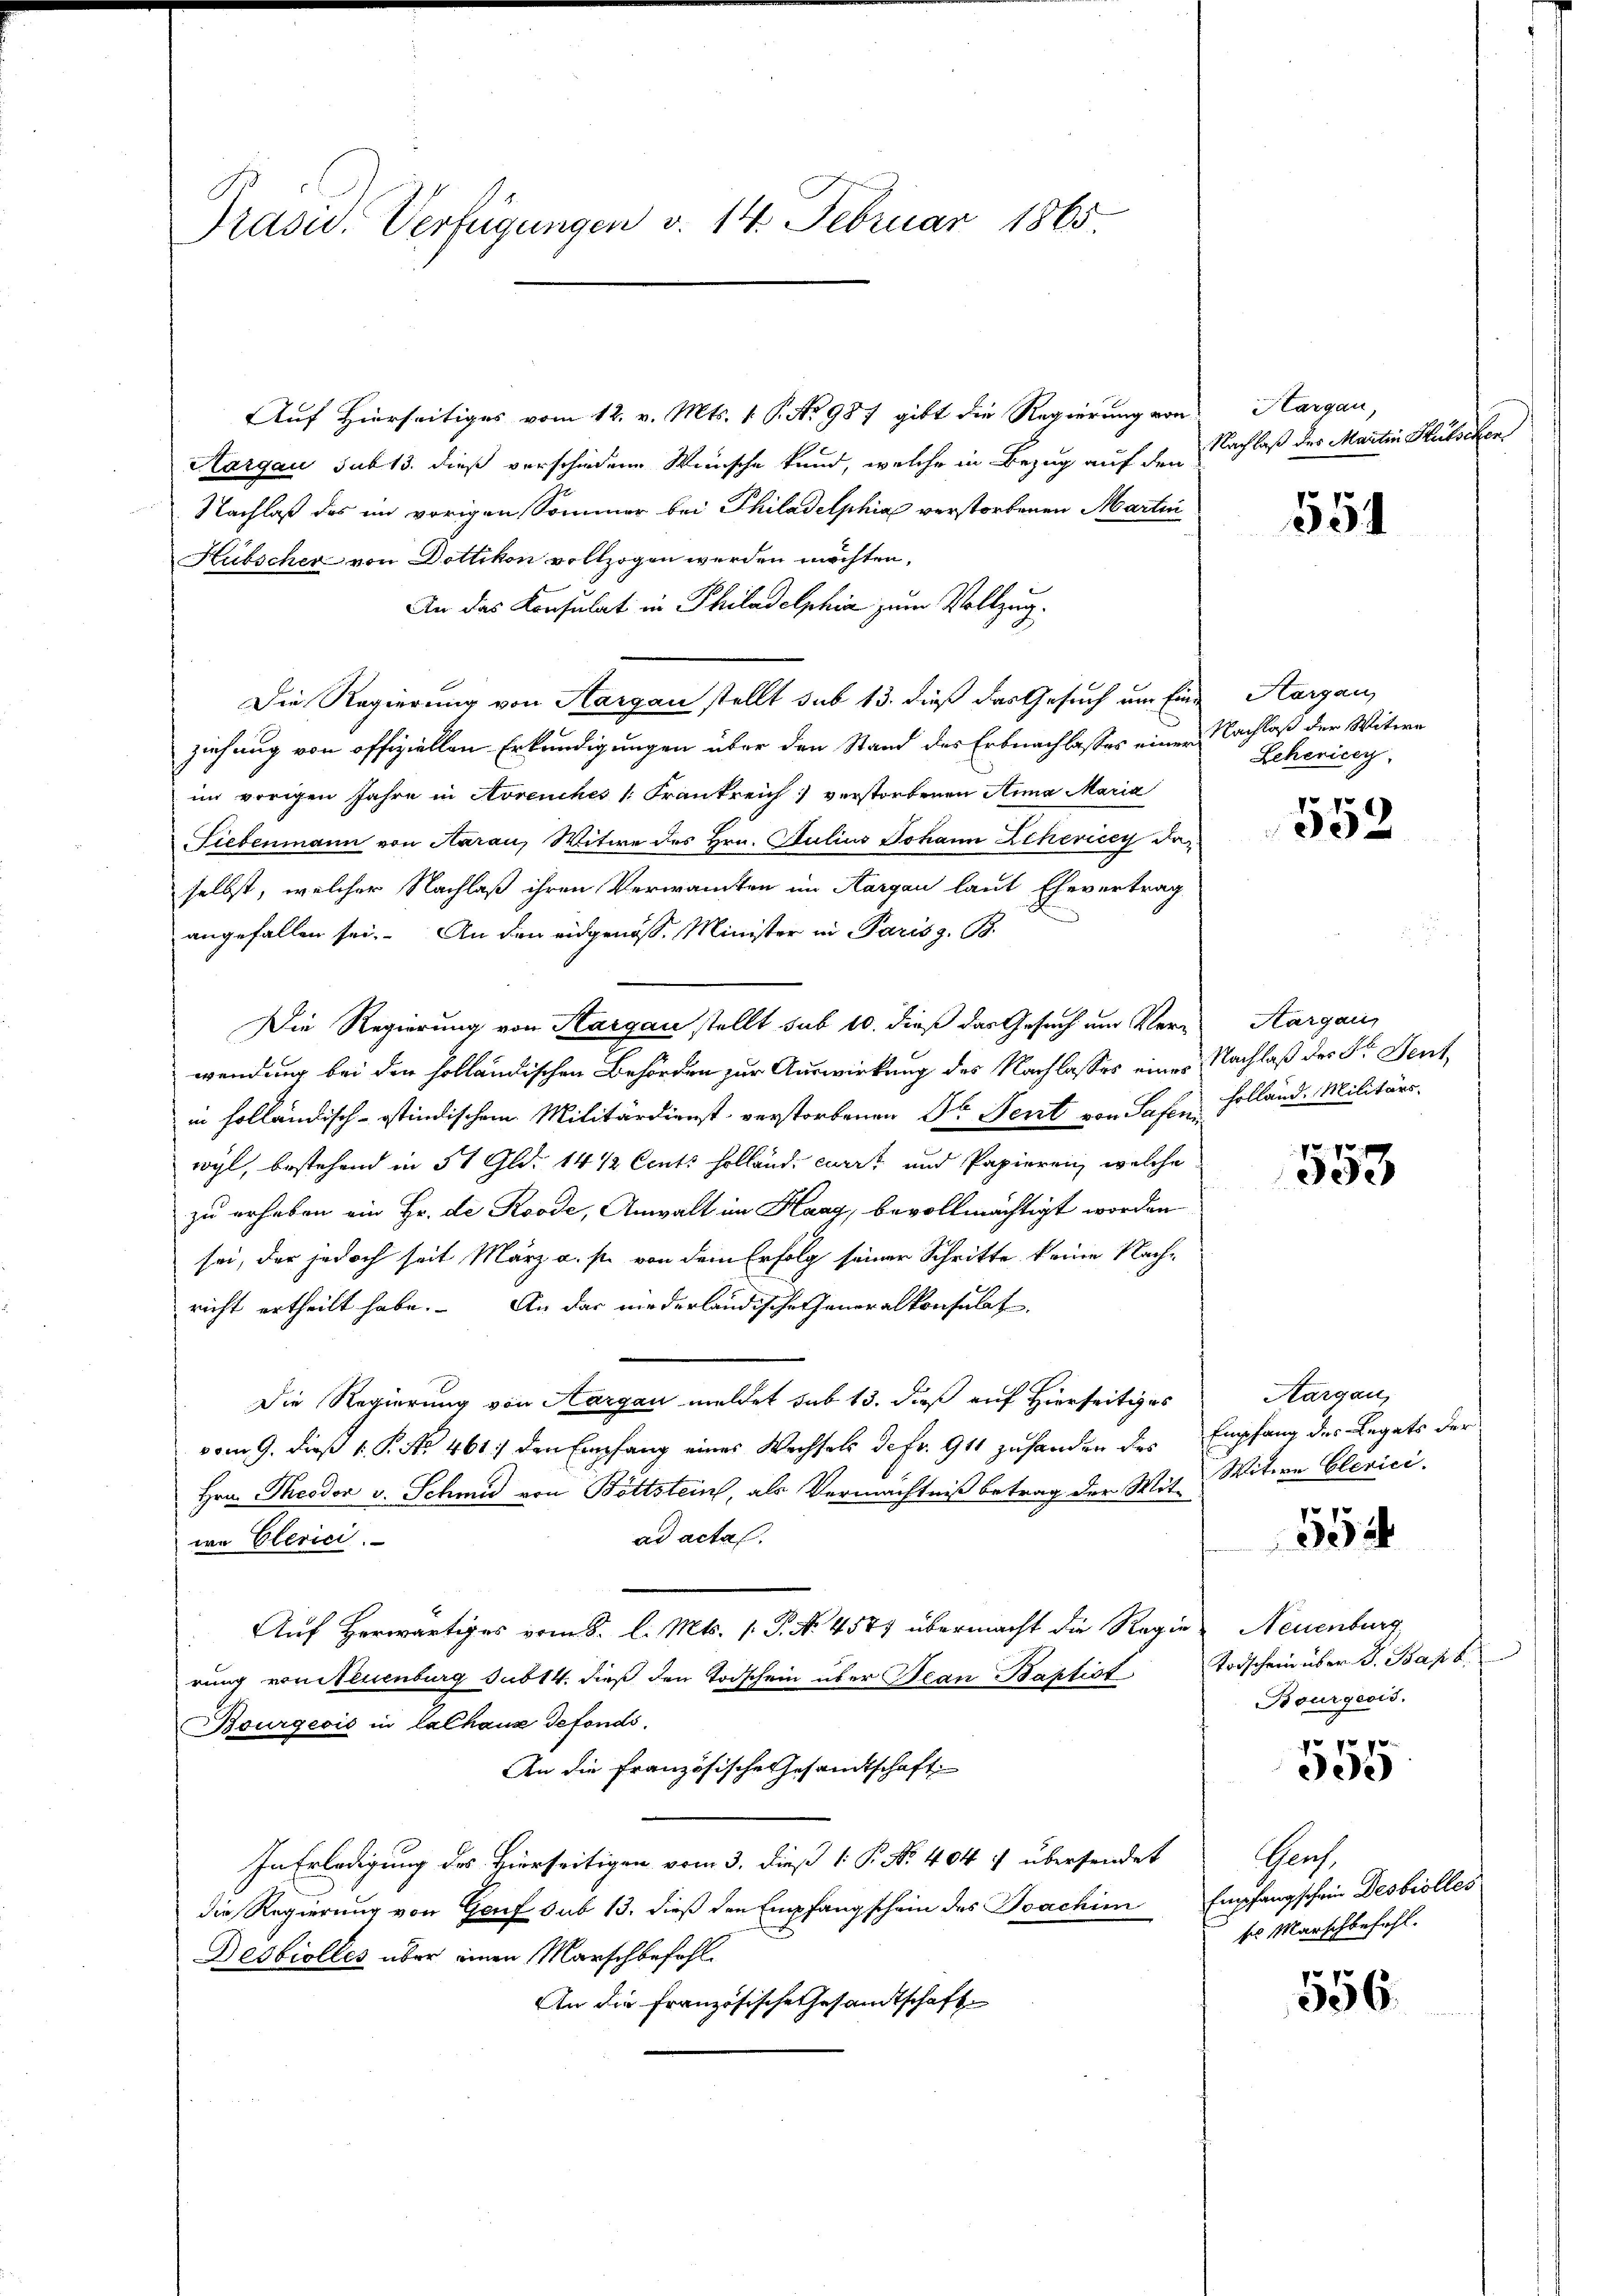
Präsid. Verfügungen v. 14. Februar 1865.

Auf Hierseitiges vom 12. v. Mts. 1. P. No 987 gibt die Regierung von Aargau,
Aargau sub 13. dieß verschiedene Wünsche kund, welche in Bezug auf den
Nachlaß des im vorigen Sommer bei Philadelphiae verstorbenen Martin
Hübscher von Dottikon vollzogen werden möchten,
An das Konsulat in Philadelphia zum Vollzug.
Die Regierung von Aargau stellt sub 13. dieß das Gesuch um Eine Aargau,
ziehung von offiziellen Erkundigungen über den Stand des Erbnachlasses einer Nachlaß der Witwe
im vorigen Jahre in Avreuches [Frankreich verstorbenen Anna Maria
Siebenmann von Aarau, Witwe des Hrn. Julius Johann Schevicey der
selbst, welcher Nachlaß ihren Verwandten im Aargau laut Ehevertrag
angefallen sei. An den eidgenöss. Minister in Paris z. B.
Die Regierung von Aargau stellt sub 10. dieß das Gesuch um Verwendung bei den holländischen Behörden zur Auswirkung des Nachlasses eines Nachlaß des Dr. Sentin holländisch-ostindischem Militärdienst verstorbenen Dr. Fent von Safen Holland. Militärs.
wyl, bestehend in 51 Gld. 14 1/2 Cents Holland curirt und Papieren, welche
zu erhaben ein Hr. de Roode, Anwalt im Haag, bevollmächtigt worden
sei, der jedoch seit März a. s. von dem Erfolg seiner Schritte keine Nach-
richt ertheilt habe. An das niederländische Generalkonsulat
Die Regierung von Aargau meldet sub 13. daß auf Hierseitiges
vom 9. dieß v. P. No. 461./ den Empfang eines Wechsels de fr. 911 zuhanden des Empfang des Legats der
Hrn. Theodor v. Schmid von Bottstein, als Vermächtniß betrag der Mit Witwe Clevici
ad actas.
we Elerici
Auf Herwärtiges vom 8. l. Mts. 1. P. No. 4577 übermacht die Regie Neuenburg,
rung von Neuenburg sub 14. dieß den Todschein über Jean Baptist
Bourgeois in Calhaus defonds.
An die französische Gesandtschaft
In Erledigung des Hierseitigen vom 3. dieß 1 P. No. 404 7 übersendet
die Regierung von Genf sub 13. dieß den Empfangschein des Joachim Empfangschein Desbrolles
Besbiolles über einen Marschbefohl
An die Französische Gesandtschaft

Nachlaß des Martin Hülseckens

551

Lehenicey

552

Aargau,

553

Aargau,

552

Todschein über d. Bapt.
Bourgeois.

e

Thaus.
Es Marschbefehl.

556.